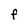
Character: f